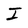
Character: I